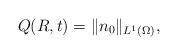
LaTeX: \begin{align*}Q(R,t)=\|n_{0}\|_{L^{1}(\Omega)},\end{align*}